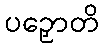
ပဉှောတိ